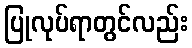
ပြုလုပ်ရာတွင်လည်း